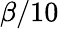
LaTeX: \beta/10